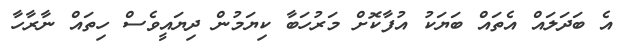
އެ ބަދަލައް އެތައް ބަޔަކު އުފާކޮށް މަރުހަބާ ކިޔަމުން ދިޔައީވެސް ހިތައް ނާރާހާ